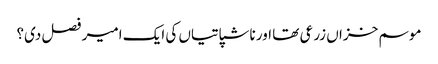
موسم خزاں زرعی تھا اور ناشپاتیاں کی ایک امیر فصل دی؟